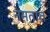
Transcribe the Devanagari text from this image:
नेमतात